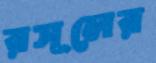
রসূলের